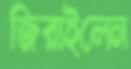
জিরাইলেন